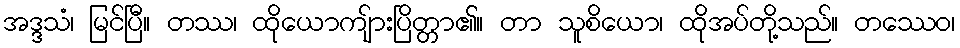
အဒ္ဒသံ၊ မြင်ပြီ။ တဿ၊ ထိုယောကျ်ားပြိတ္တာ၏။ တာ သူစိယော၊ ထိုအပ်တို့သည်။ တဿေဝ၊